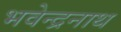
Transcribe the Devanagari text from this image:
भवेन्द्रनाथ